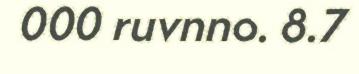
000 ruvnno. 8.7